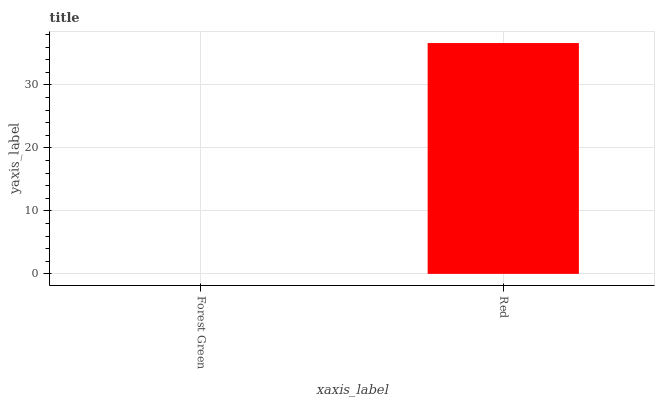
| xaxis_label | bars |
 | --- | --- |
 | Forest Green | 0 |
 | Red | 36.6 |